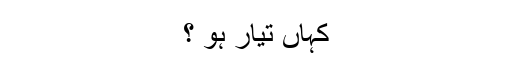
کہاں تیار ہو ؟